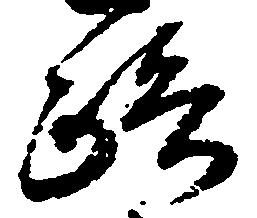
路